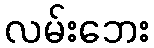
လမ်းဘေး